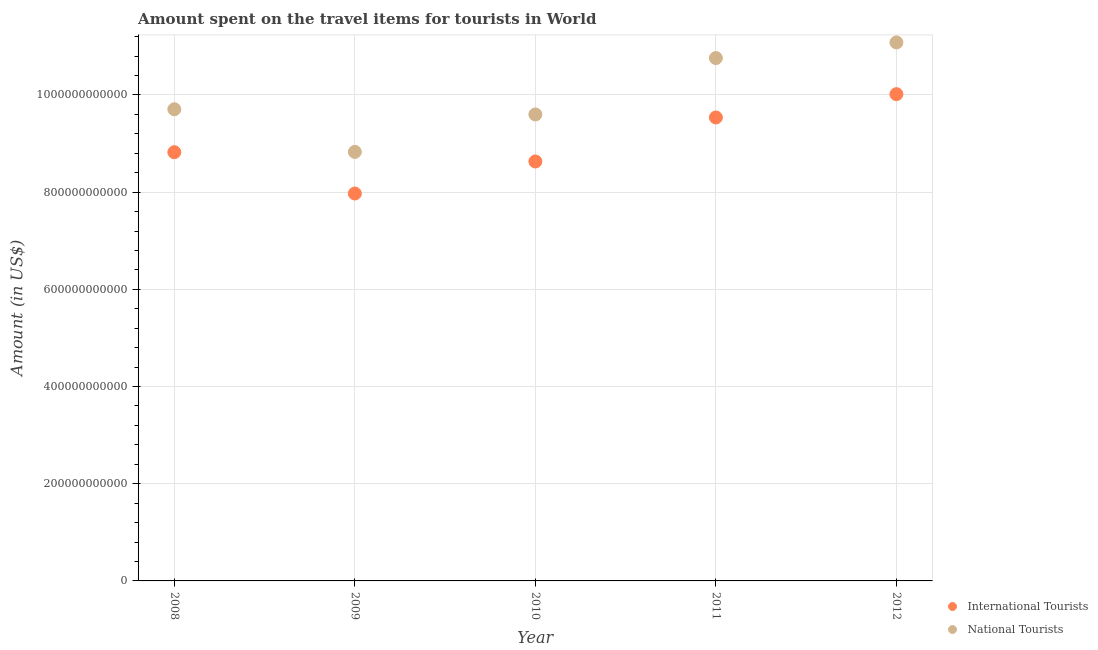
| Year | International Tourists | National Tourists |
 | --- | --- | --- |
 | 2008 | 8.82e+11 | 9.71e+11 |
 | 2009 | 7.97e+11 | 8.83e+11 |
 | 2010 | 8.63e+11 | 9.6e+11 |
 | 2011 | 9.54e+11 | 1.08e+12 |
 | 2012 | 1e+12 | 1.11e+12 |